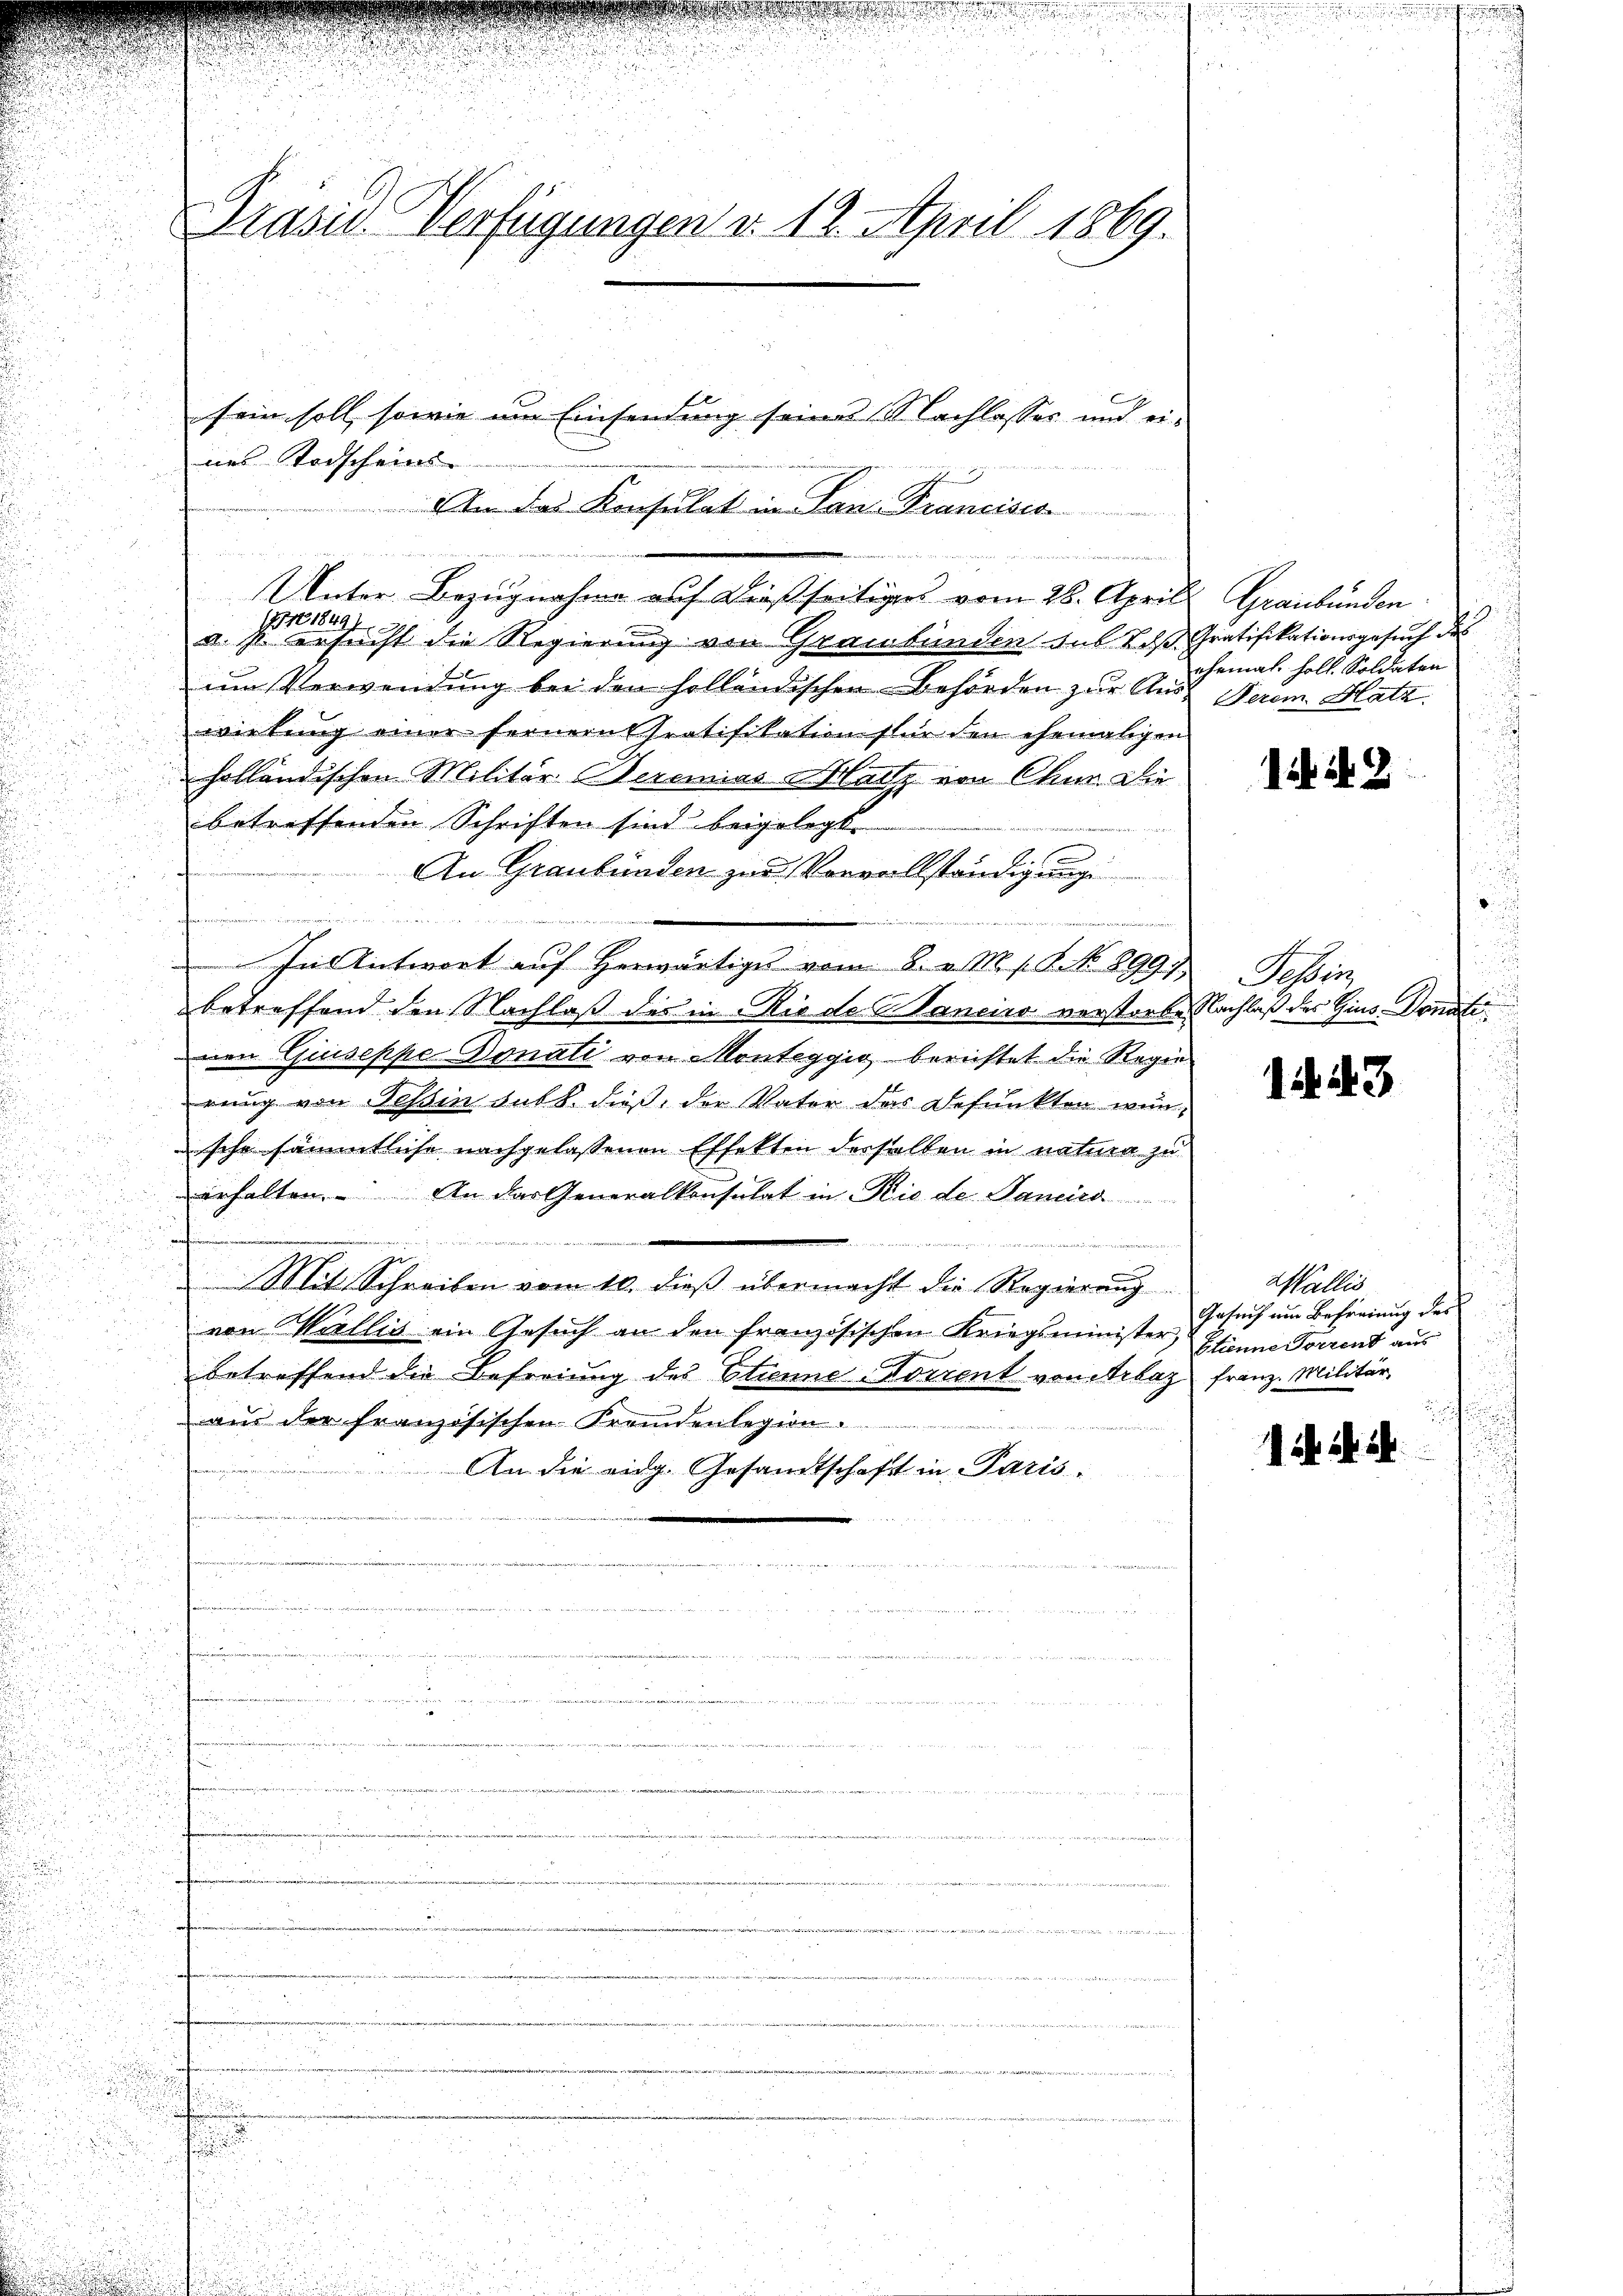
.

Präsid. Verfügungen v. 18. April 1869.

u
u

sein soll, sowie um Einsendung seine Nachlasses und ei-
nes Todscheins-
Am das Konsulat in Lan- Francisca
e
Unter Bezugnahme auf dießseitiges vom 28. Aprill Graubünden 10
1751 18491.
a. s. ersucht die Regierung von Graubünden aus ds Gratifikationsgesuch des
um Verwendung bei den holländischen Behörden zur Auswirkung einer fernern Pratifikation für den ehemaligen
holländischen Militär Seremias Hartz von Chm. Die
betreffenden Schriften sind beigelegt.
An Graubünden zur Vorvollständigung

In Antwort auf herwärtige vom 8. v. M. s. S. 899.
betreffend den Nachlaß des in Rio de Sancier verstorben Nachlaß des Gius-Donatinen Guiseppe Donati von Monteggio berichtet die Regie
rung von Tessin Fall. dieß, der Vater das Befunkten wensche sämmtliche nachgelassenen Effekten derselben in natura zu
erhalten. An das Generalkonsulat in Rio de Janeira
u
d

Mit Schreiben vom 10. dieß übermacht die Regierung
von Wallis ein Gesuch an den französischen Kriegsminister, Etienne Torrent aus
betreffend die Befreiung des Etienne-Vorrent von Arlaz
aus der französischen Fremdenlegion.
An die eidg. Gesandtschaft in Paris.
u

u
u

r

d

r

ehemal holt. Soldaten
Ferem. Hatz

1448

Sesherig

143

Wallis
Gesuch um Befreiung des
Franz. Militär,

a. a. a.